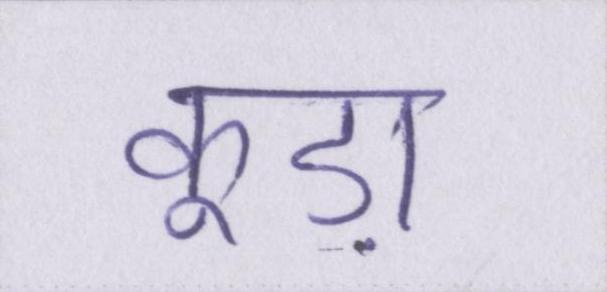
कूड़ा